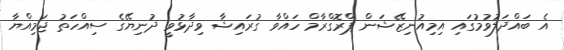
އެ ބައްދަލުވުމުގައި އިމިއުނިޒޭޝަން ޕްރޮގްރާމް ހައްވާ ގުރައިޝާ ވިދާޅުވީ ދުނިޔޭގެ ސިއްހަތު ޖަމިއްޔާ